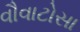
વૌવાટોસા